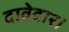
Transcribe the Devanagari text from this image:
दावेदार।